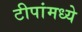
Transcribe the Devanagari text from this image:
टीपांमध्ये